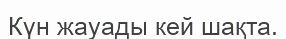
Күн жауады кей шақта.